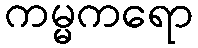
ကမ္မကရော